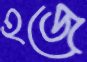
হজে